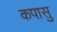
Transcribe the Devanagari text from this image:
कपासु